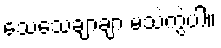
သေသေချာချာ မသဲကွဲပါ။